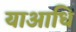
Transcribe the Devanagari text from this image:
याआधि